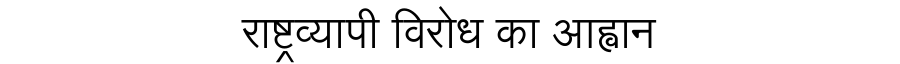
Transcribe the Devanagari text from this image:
राष्ट्रव्यापी विरोध का आह्वान